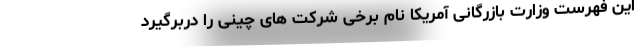
این فهرست وزارت بازرگانی آمریکا نام برخی شرکت های چینی را دربرگیرد